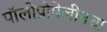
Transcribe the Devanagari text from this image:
पॉलीप्रोपेलीनचा